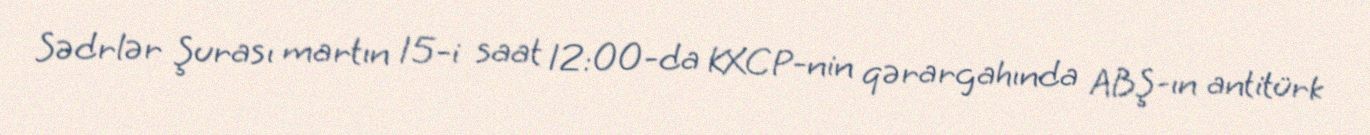
Sədrlər Şurası martın 15-i saat 12:00-da KXCP-nin qərargahında ABŞ-ın antitürk